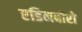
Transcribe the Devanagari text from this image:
एडिनबोरो